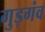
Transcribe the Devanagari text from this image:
गुड़गंव